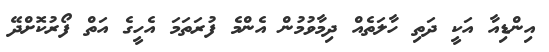
އިންޑިއާ އަކީ ދަތި ހާލަތެއް ދިމާވުމުން އެންމެ ފުރަތަމަ އެހީގެ އަތް ފޯރުކޮށްދޭ